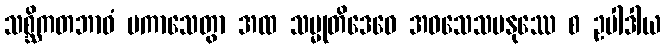
သစ္ဆိကတဘာဝံ ပကာသေတွာ အထ သမ္မုတိဒေဝေ အဝသေသမနုဿေ စ ဥပါဒါယ